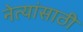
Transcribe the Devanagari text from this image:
नेत्यांसाठी